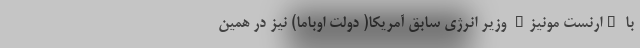
با "ارنست مونیز" وزیر انرژی سابق آمریکا( دولت اوباما) نیز در همین